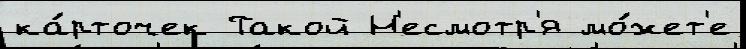
ка́рточек Такой Н'есмотр'я мо́жет'е